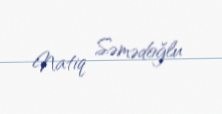
Natiq Səmədoğlu